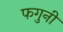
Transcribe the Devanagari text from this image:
फगुनी